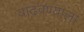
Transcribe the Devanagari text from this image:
वाढवण्याला